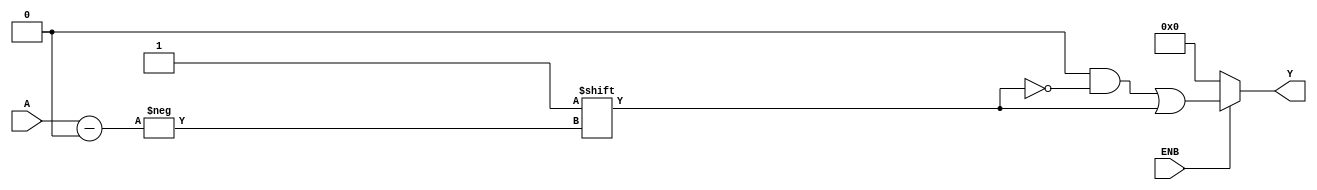
module DECODER (A, ENB, Y);
	input [2:0] A;
	input ENB;
	output reg [7:0] Y;
	
	always @ (*) begin
		Y = 0;
		
		if (ENB) 
			Y[A] = 1;
	end
endmodule